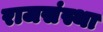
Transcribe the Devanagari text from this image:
राजसंस्था